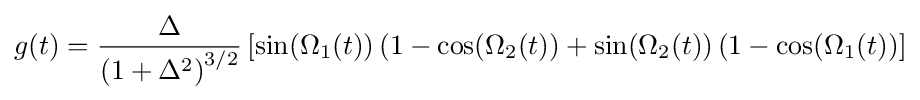
g(t)={{\Delta } \over {{(1+\Delta ^{2})}^{3/2}}}\left[\sin(\Omega _{1}(t))\left(1-\cos(\Omega _{2}(t)\right)+\sin(\Omega _{2}(t))\left(1-\cos(\Omega _{1}(t)\right)\right]